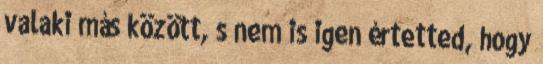
valaki más között, s nem is igen értetted, hogy